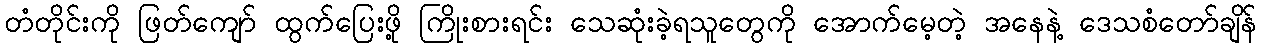
တံတိုင်းကို ဖြတ်ကျော် ထွက်ပြေးဖို့ ကြိုးစားရင်း သေဆုံးခဲ့ရသူတွေကို အောက်မေ့တဲ့ အနေနဲ့ ဒေသစံတော်ချိန်